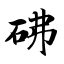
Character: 砩